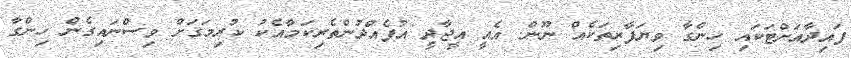
ފައިދާއަށްޓަކައި ހިންގާ ވިޔަފާރިތަކެއް ނޫން. އެއީ އީޖާދީ އުފެއްދުންތެރިކަމާއެކު ކުރިމަގަށް ވިސްނައިގެން ހިންގާ